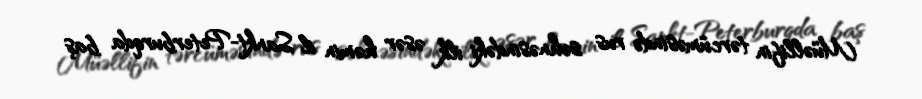
Müəllifin tərcüməsində rus səhnəsindəki ilk əsər həmin il Sankt-Peterburqda baş